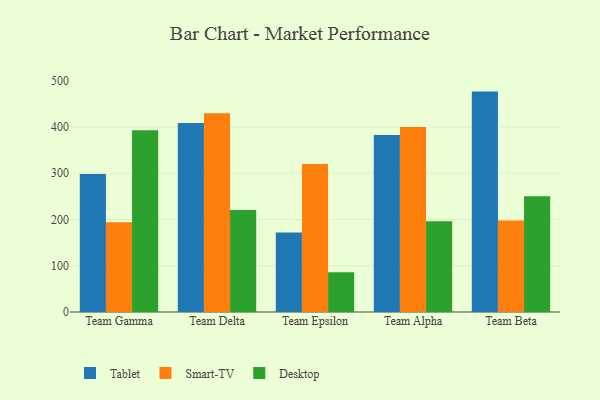
{"axis": {"x": "Team", "y": "Tickets Resolved"}, "legend": ["Desktop", "Smart-TV", "Tablet"], "data": [{"x": "Team Gamma", "y": 298.3, "type": "Tablet"}, {"x": "Team Gamma", "y": 194.3, "type": "Smart-TV"}, {"x": "Team Gamma", "y": 393.2, "type": "Desktop"}, {"x": "Team Delta", "y": 408.7, "type": "Tablet"}, {"x": "Team Delta", "y": 429.7, "type": "Smart-TV"}, {"x": "Team Delta", "y": 220.5, "type": "Desktop"}, {"x": "Team Epsilon", "y": 171.9, "type": "Tablet"}, {"x": "Team Epsilon", "y": 320.3, "type": "Smart-TV"}, {"x": "Team Epsilon", "y": 86.2, "type": "Desktop"}, {"x": "Team Alpha", "y": 383.0, "type": "Tablet"}, {"x": "Team Alpha", "y": 399.8, "type": "Smart-TV"}, {"x": "Team Alpha", "y": 196.5, "type": "Desktop"}, {"x": "Team Beta", "y": 476.6, "type": "Tablet"}, {"x": "Team Beta", "y": 198.0, "type": "Smart-TV"}, {"x": "Team Beta", "y": 250.3, "type": "Desktop"}]}